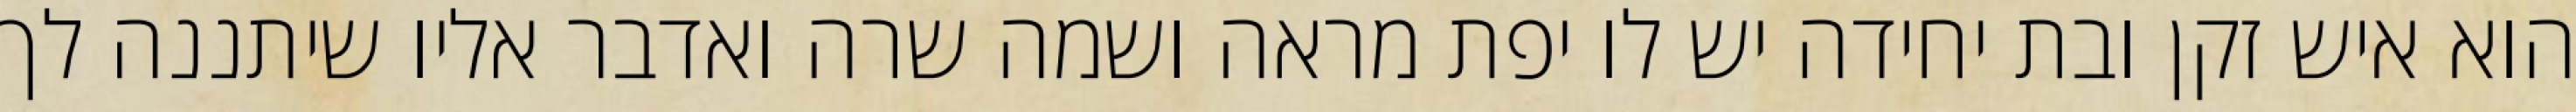
הוא איש זקן ובת יחידה יש לו יפת מראה ושמה שרה ואדבר אליו שיתננה לך